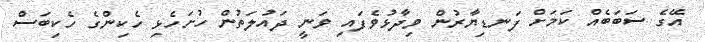
އޭގެ ސަބަބެއް ކަމަށް ފަނޑިޔާރުން ވިދާޅުވެފައި ވަނީ ދައުލަތުން ހުށަހެޅި ހެކިންގެ ހެކިބަސް